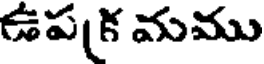
ఉపక మము